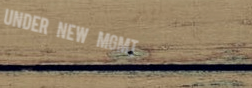
Under New Mgmt